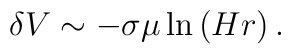
\delta V\sim -\sigma \mu \ln \left( Hr\right) .